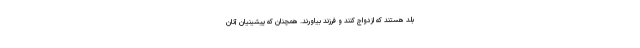
بلد هستند که ازدواج کنند و فرزند بیاورند. همچنان که پیشینیان آنان